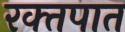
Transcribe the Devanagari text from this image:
रक्‍तपात